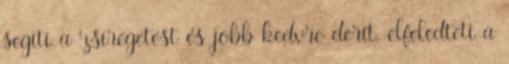
segíti a zsírégetést és jobb kedvre derít, elfeledteti a